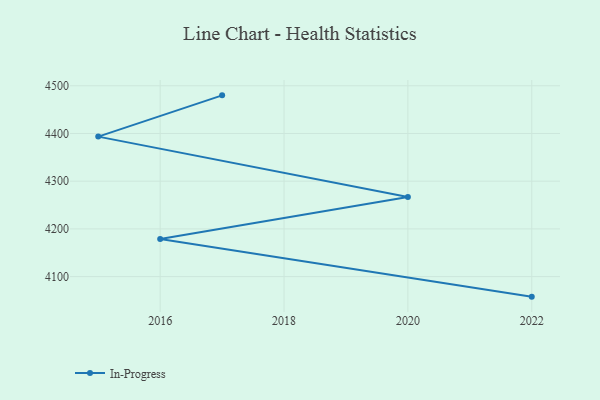
{"axis": {"x": "Year", "y": "Demand Index"}, "legend": ["In-Progress"], "data": [{"x": "2017", "y": 4479.9, "type": "In-Progress"}, {"x": "2015", "y": 4393.4, "type": "In-Progress"}, {"x": "2020", "y": 4267.0, "type": "In-Progress"}, {"x": "2016", "y": 4178.8, "type": "In-Progress"}, {"x": "2022", "y": 4058.0, "type": "In-Progress"}]}